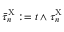
\bar { \tau } _ { n } ^ { \mathrm { X } } : = t \wedge \tau _ { n } ^ { \mathrm { X } }